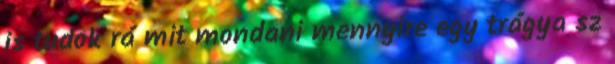
is tudok rá mit mondani mennyire egy trágya sz